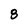
Character: 8